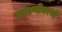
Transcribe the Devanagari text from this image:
लावणीवरची